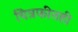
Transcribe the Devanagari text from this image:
चित्रफीतही